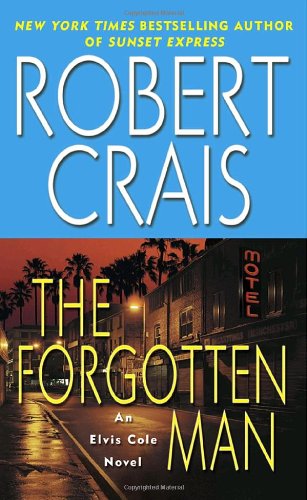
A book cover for The Forgotten Man (Elvis Cole); Robert Crais; Mystery, Thriller & Suspense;